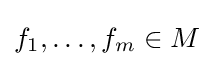
f_{1},\dots ,f_{m}\in M